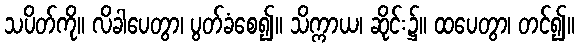
သပိတ်ကို။ လိခါပေတွာ၊ ပွတ်ခံစေ၍။ သိက္ကာယ၊ ဆိုင်း၌။ ထပေတွာ၊ တင်၍။